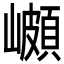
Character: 𭗣